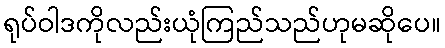
ရုပ်ဝါဒကိုလည်းယုံကြည်သည်ဟုမဆိုပေ။